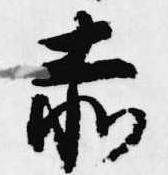
赤